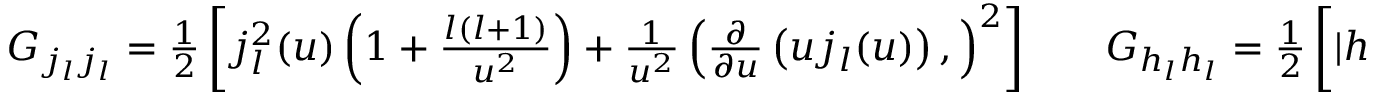
\begin{array} { r l r } { G _ { j _ { l } j _ { l } } = \frac { 1 } { 2 } \left[ j _ { l } ^ { 2 } ( u ) \left( 1 + \frac { l ( l + 1 ) } { u ^ { 2 } } \right) + \frac { 1 } { u ^ { 2 } } \left( \frac { \partial } { \partial u } \left( u j _ { l } ( u ) \right) , \right) ^ { 2 } \right] } & { { } } & { G _ { h _ { l } h _ { l } } = \frac { 1 } { 2 } \left[ | h _ { l } ( u ) | ^ { 2 } \left( 1 + \frac { l ( l + 1 ) } { u ^ { 2 } } \right) + \frac { 1 } { u ^ { 2 } } \left| \frac { \partial } { \partial u } \left( u h _ { l } ( u ) \right) \right| ^ { 2 } \right] , } \end{array}